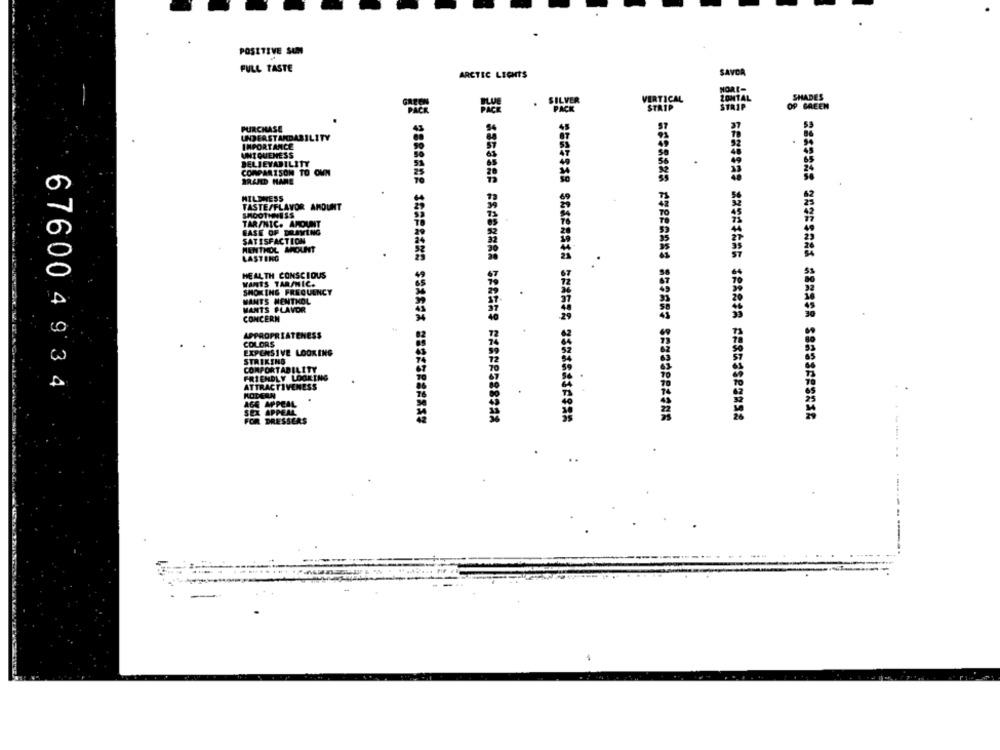
POSITIVE SUN
FULL TASTE
ARCTIC LIGHTS
SAVOR
SHADES
.
VERTICAL
OF GREEN
STRIP
PURCHASE
UNDERSTANDABILITY
IMPORTANCE
UNIQUENESS
DELJEYABILITY
.
COMPARISON TO OMN
BRAND HANE
HILDNESS
TASTE/FLAVOR AMOUNT
SMOOTHNESS
TAR/NIC. AMOUNT
EASE OF DRAWING
SATISFACTION
MENTHOL AMOUNT
LASTING
HEALTH CONSCIOUS
WANTS TAR/NIC.
SHOWING FREQUENCY
.
WANTS MENTHOL
MANTS FLAVOR
CONCERN
APPROPRIATENESS
COLORS
EXPENSIVE LOOKING
STRIKING
CONPORTABILITY
FRIENDLY LOOKING
676004934
ATTRACTIVENESS